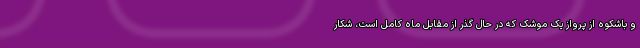
و باشکوه از پرواز یک موشک که در حال گذر از مقابل ماه کامل است، شکار